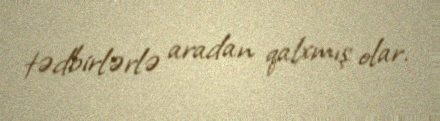
tədbirlərlə aradan qalxmış olar.